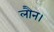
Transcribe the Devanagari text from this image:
लौन।